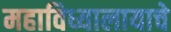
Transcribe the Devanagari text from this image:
महाविध्यालायाचे